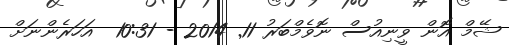
ޝޭމް އޮން ވީނިއުސް ނޮވެމްބަރު 11